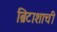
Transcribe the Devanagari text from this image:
ब्रिटाशाची